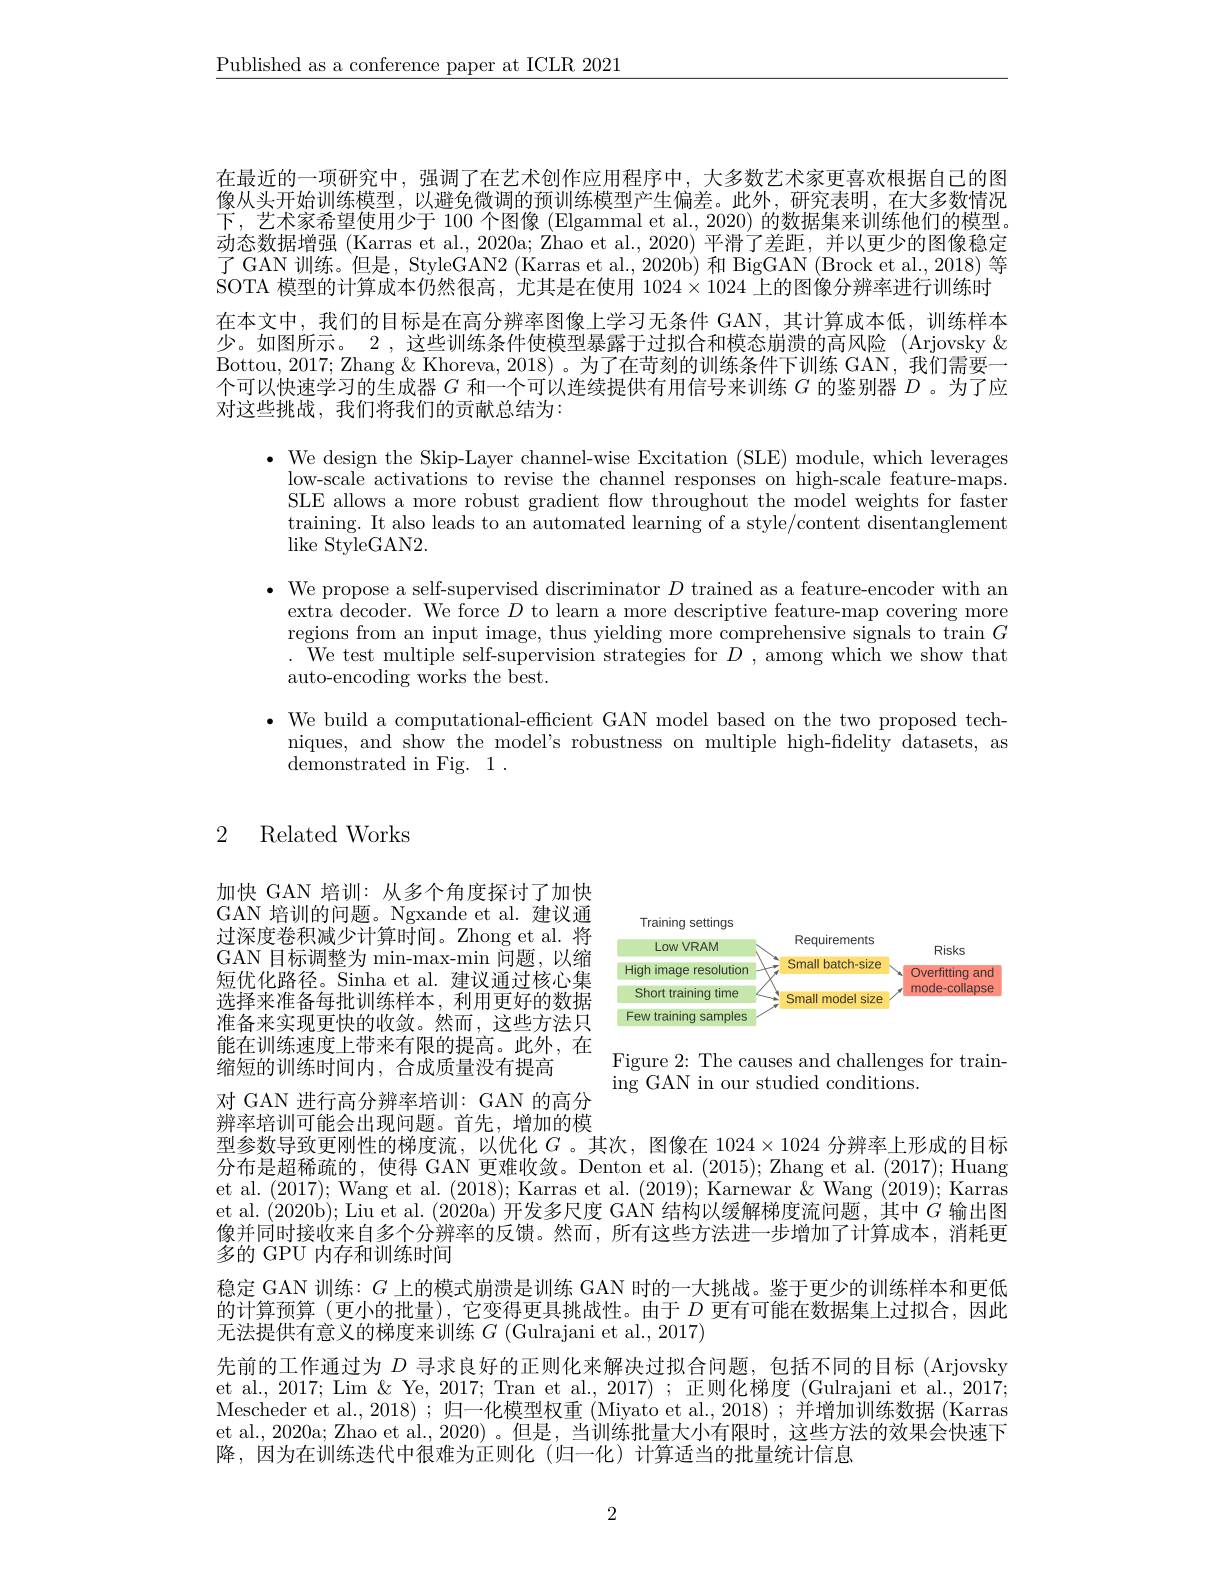
$\underline{\text{Published as a conference paper at ICLR 2021}}$

在最近的一项研究中，强调了在艺术创作应用程序中，大多数艺术家更喜欢根据自己的图像从头开始训练模型，以避免微调的预训练模型产生偏差。此外，研究表明，在大多数情况下，艺术家希望使用少于 100 个图像 (Elgammal et al., 2020) 的数据集来训练他们的模型。动态数据增强 (Karras et al., 2020a; Zhao et al., 2020) 平滑了差距，并以更少的图像稳定了 GAN 训练。但是，StyleGAN2 (Karras et al., 2020b) 和 BigGAN (Brock et al., 2018) 等SOTA 模型的计算成本仍然很高，尤其是在使用$1024\times1024$上的图像分辨率进行训练时在本文中，我们的目标是在高分辨率图像上学习无条件 GAN,其计算成本低，训练样本少。如图所示。2 , 这些训练条件使模型暴露于过拟合和模态崩溃的高风险 (Arjovsky & Bottou, 2017; Zhang & Khoreva, 2018) 。为了在苛刻的训练条件下训练 GAN, 我们需要一个可以快速学习的生成器$G$和一个可以连续提供有用信号来训练$G$的鉴别器$D$ 。为了应对这些挑战，我们将我们的贡献总结为：

$\bullet$ We design the Skip-Layer channel-wise Excitation (SLE) module, which leverages
low-scale activations to revise the channel responses on high-scale feature-maps. SLE allows a more robust gradient flow throughout the model weights for faster training. It also leads to an automated learning of a style/content disentanglement ${\mathrm{like~StyleGAN2.}}$
$\bullet$ We propose a self-supervised discriminator $D$ trained as a feature-encoder with an
extra decoder. We force $D$ to learn a more descriptive feature-map covering more regions from an input image, thus yielding more comprehensive signals to train $G$ . We test multiple self-supervision strategies for $D$ , among which we show that auto-encoding works the best.
$\bullet$ We build a computational-efficient GAN model based on the two proposed tech-
niques, and show the model's robustness on multiple high-fidelity datasets, as
demonstrated in Fig. 1 .

# 2 Related Works

<FigureHere>

加快 GAN 培训：从多个角度探讨了加快GAN 培训的问题。Ngxande et al. 建议通过深度卷积减少计算时间。Zhong et al. 将GAN 目标调整为 min-max-min 问题，以缩短优化路径。Sinha et al. 建议通过核心集选择来准备每批训练样本，利用更好的数据准备来实现更快的收敛。然而，这些方法只能在训练速度上带来有限的提高。此外，在缩短的训练时间内，合成质量没有提高

Figure 2: The causes and challenges for train-
ing GAN in our studied conditions.

对 GAN 进行高分辨率培训：GAN 的高分

辨率培训可能会出现问题。首先，增加的模
型参数导致更刚性的梯度流，以优化$G$ 。其次，图像在$1024\times1024$分辨率上形成的目标分布是超稀疏的，使得 GAN 更难收敛。Denton et al. (2015); Zhang et al. (2017); Huang et al. (2017); Wang et al. (2018); Karras et al. (2019); Karnewar &Wang (2019); Karras et al. (2020b); Liu et al. (2020a) 开发多尺度 GAN 结构以缓解梯度流问题，其中$G$输出图像并同时接收来自多个分辨率的反馈。然而，所有这些方法进一步增加了计算成本，消耗更多的 GPU 内存和训练时间
稳定 GAN 训练：$G$上的模式崩溃是训练 GAN 时的一大挑战。鉴于更少的训练样本和更低的计算预算 (更小的批量),它变得更具挑战性。由于$D$更有可能在数据集上过拟合，因此无法提供有意义的梯度来训练$G$ (Gulrajani et al., 2017)
先前的工作通过为$D$寻求良好的正则化来解决过拟合问题，包括不同的目标 (Arjovsky et al., 2017; Lim & Ye, 2017; Tran et al., 2017) ; 正则化梯度 (Gulrajani et al., 2017; Mescheder et al.,2018);归一化模型权重 (Miyato et al.,2018);并增加训练数据 (Karras et al., 2020a; Zhao et al., 2020) 。但是，当训练批量大小有限时，这些方法的效果会快速下降，因为在训练迭代中很难为正则化(归一化)计算适当的批量统计信息

2